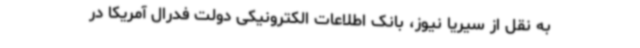
به نقل از سیریا نیوز، بانک اطلاعات الکترونیکی دولت فدرال آمریکا در